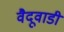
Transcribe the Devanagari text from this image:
वैदूवाडी